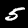
Label: 5